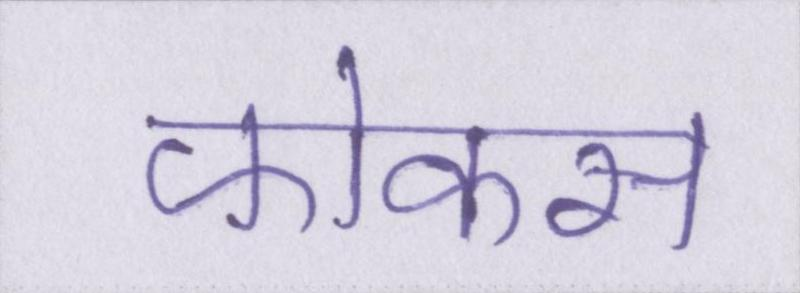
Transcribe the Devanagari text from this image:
फोकस